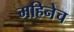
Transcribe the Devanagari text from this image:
महिनेच